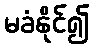
မခံနိုင်၍